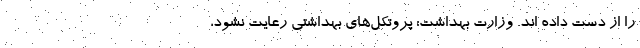
را از دست داده اند. وزارت بهداشت: پروتکل‌های بهداشتی رعایت نشود،